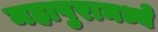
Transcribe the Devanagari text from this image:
महापुरामध्ये